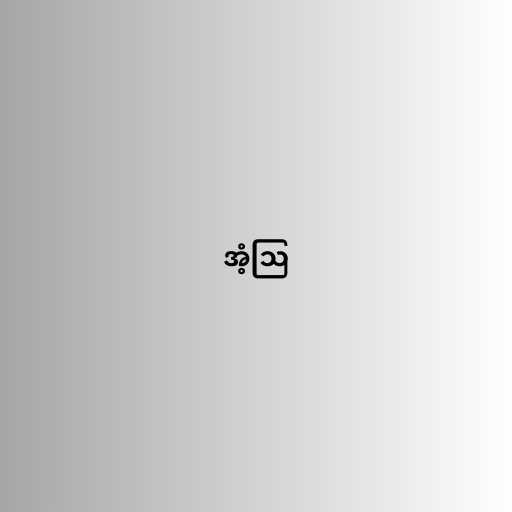
အံ့ဩ